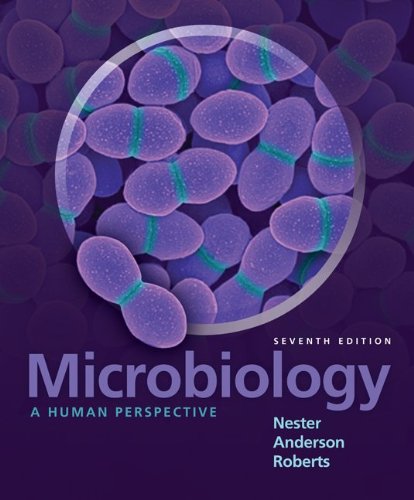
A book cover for Microbiology: A Human Perspective; Eugene Nester; Medical Books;